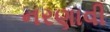
નરણાવી